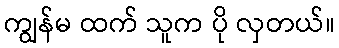
ကျွန်မ ထက် သူက ပို လှတယ်။